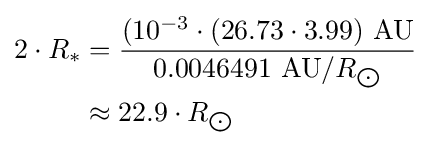
{\begin{aligned}2\cdot R_{*}&={\frac {(10^{-3}\cdot (26.73\cdot 3.99)\ {\text{AU}}}{0.0046491\ {\text{AU}}/R_{\bigodot }}}\\&\approx 22.9\cdot R_{\bigodot }\end{aligned}}